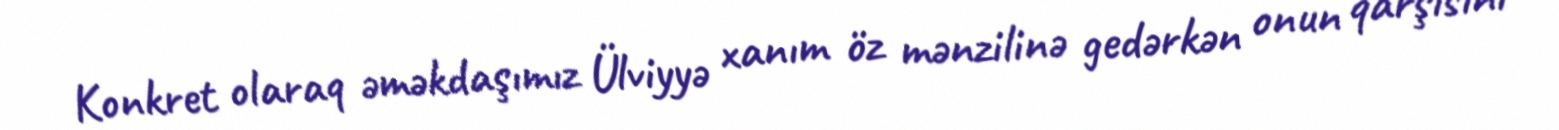
Konkret olaraq əməkdaşımız Ülviyyə xanım öz mənzilinə gedərkən onun qarşısını